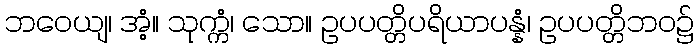
ဘဝေယျ၊ အံ့။ သုက္ကံ၊ သော။ ဥပပတ္တိပရိယာပန္နံ၊ ဥပပတ္တိဘဝ၌